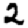
Digit: 2